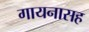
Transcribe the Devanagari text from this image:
गायनासह